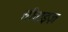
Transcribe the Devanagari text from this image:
सीवाइज़